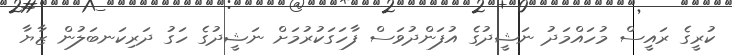
ކުރީގެ ރައީސް މުހައްމަދު ނަޝީދުގެ އުފަންދުވަސް ފާހަގަކުރުމަށް ނަޝީދުގެ ހަގު ދަރިކަނބަލުން ޒާޔާ